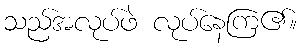
သည်အလုပ်ဖဲ လုပ်နေကြ၏။